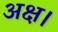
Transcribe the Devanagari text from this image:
अक्ष।